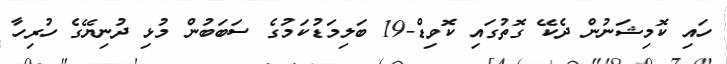
ހައި ކޮމިޝަނުން ދެކޭ ގޮތުގައި ކޮވިޑް-19 ބަލިމަޑުކަމުގެ ސަބަބުން މުޅި ދުނިޔޭގެ ހުރިހާ